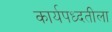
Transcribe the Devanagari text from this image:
कार्यपध्दतीला